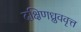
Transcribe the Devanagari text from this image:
दक्षिणध्रुववृत्त